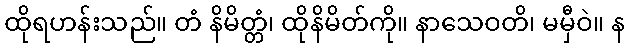
ထိုရဟန်းသည်။ တံ နိမိတ္တံ၊ ထိုနိမိတ်ကို။ နာသေဝတိ၊ မမှီဝဲ။ န